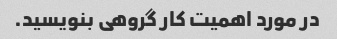
در مورد اهمیت کار گروهی بنویسید.